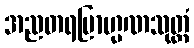
အညတရဗြာဟ္မဏသုတ္တံ